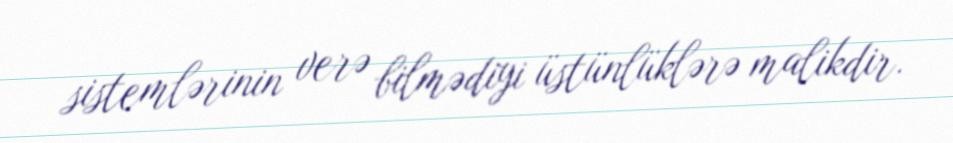
sistemlərinin verə bilmədiyi üstünlüklərə malikdir.